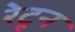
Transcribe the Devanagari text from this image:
रेटून